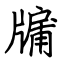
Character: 牖